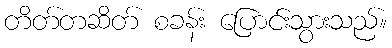
တိတ်တဆိတ် စခန်း ပြောင်းသွားသည်။